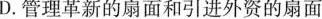
D.管理革新的扇面和引进外资的扇面